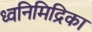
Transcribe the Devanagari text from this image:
ध्वनिमिद्रिका